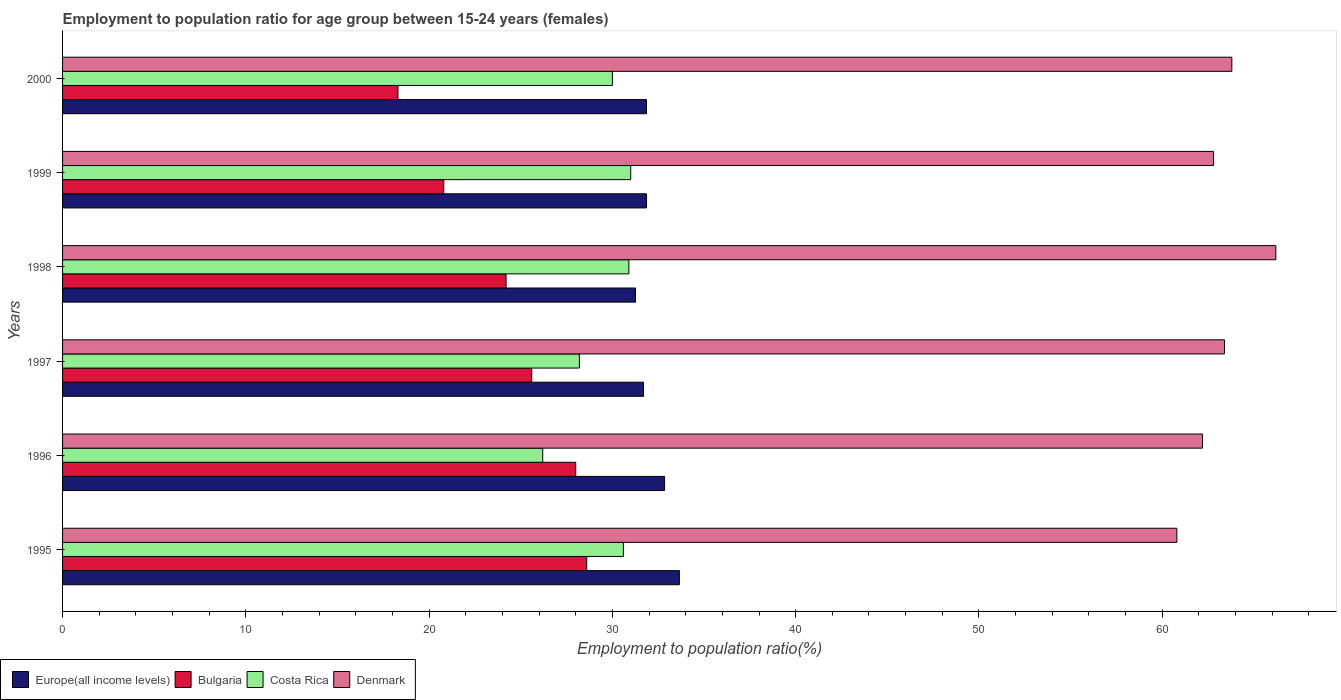
| Years | Europe(all income levels) | Bulgaria | Costa Rica | Denmark |
 | --- | --- | --- | --- | --- |
 | 1995 | 33.7 | 28.6 | 30.6 | 60.8 |
 | 1996 | 32.8 | 28 | 26.2 | 62.2 |
 | 1997 | 31.7 | 25.6 | 28.2 | 63.4 |
 | 1998 | 31.3 | 24.2 | 30.9 | 66.2 |
 | 1999 | 31.9 | 20.8 | 31 | 62.8 |
 | 2000 | 31.9 | 18.3 | 30 | 63.8 |